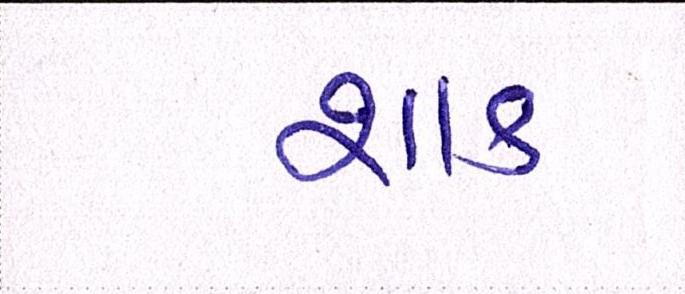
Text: શાક